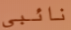
نائبي